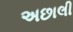
અછાલી